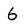
Character: 6